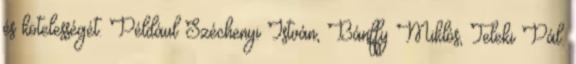
és kötelességét. Például Széchenyi István, Bánffy Miklós, Teleki Pál.